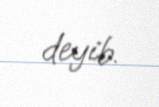
deyib.